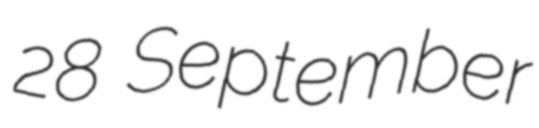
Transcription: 28 September